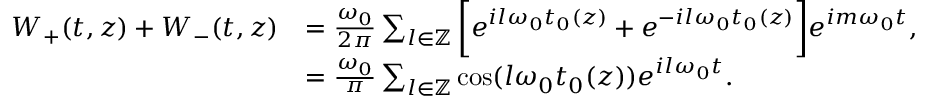
\begin{array} { r l } { W _ { + } ( t , z ) + W _ { - } ( t , z ) } & { = \frac { \omega _ { 0 } } { 2 \pi } \sum _ { l \in \mathbb { Z } } \bigg [ e ^ { i l \omega _ { 0 } t _ { 0 } ( z ) } + e ^ { - i l \omega _ { 0 } t _ { 0 } ( z ) } \bigg ] e ^ { i m \omega _ { 0 } t } , } \\ & { = \frac { \omega _ { 0 } } { \pi } \sum _ { l \in \mathbb { Z } } \cos ( l \omega _ { 0 } t _ { 0 } ( z ) ) e ^ { i l \omega _ { 0 } t } . } \end{array}